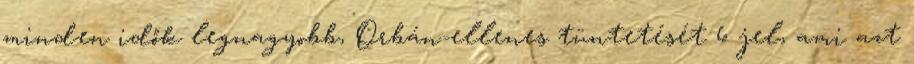
minden idők legnagyobb, Orbán-ellenes tüntetését 6 jel, ami azt